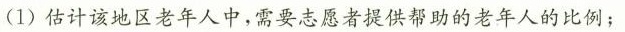
(1)估计该地区老年人中，需要志愿者提供帮助的老年人的比例；